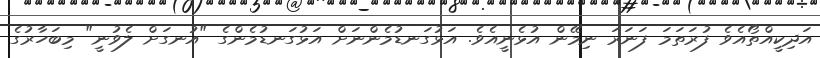
އަދިކީއްތޯއެވެ ފުރަތަމަ ފަނަރަ ނިމޭން އުޅެނީއެވެ. އަޅުގަނޑުމެންނަށް އަޅުގަނޑުމެންގެ "އުނގަށް ލެވުނީ" މިބަހާރުގެ